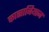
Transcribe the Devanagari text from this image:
कासाबियान